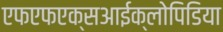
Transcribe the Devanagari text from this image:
एफएफएक्सआईक्लोपिडिया